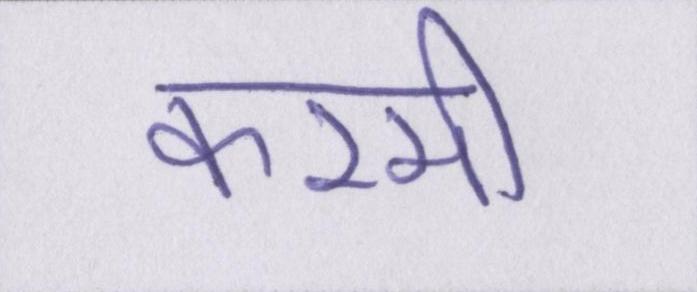
करमी